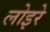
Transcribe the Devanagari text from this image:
लोइरे